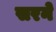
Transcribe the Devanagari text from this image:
सरने